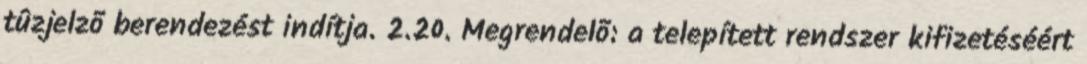
tûzjelzõ berendezést indítja. 2.20. Megrendelõ: a telepített rendszer kifizetéséért